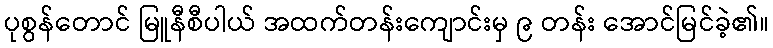
ပုစွန်တောင် မြူနီစီပါယ် အထက်တန်းကျောင်းမှ ၉ တန်း အောင်မြင်ခဲ့၏။